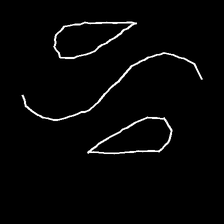
Glyph: water